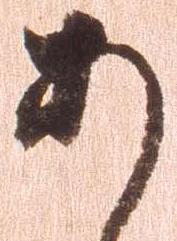
あ